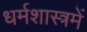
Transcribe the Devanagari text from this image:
धर्मशास्त्रमें